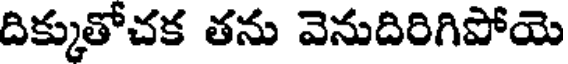
దిక్కుతోచక తను వెనుదిరిగిపోయె